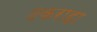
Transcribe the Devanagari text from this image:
ठकराहा